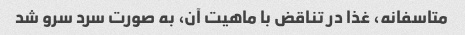
متاسفانه، غذا در تناقض با ماهیت آن، به صورت سرد سرو شد